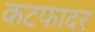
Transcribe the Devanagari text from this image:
कटफादर